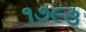
૧૭૯૩